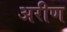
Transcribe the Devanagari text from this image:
अरीण